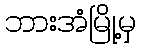
ဘားအံမြို့မှ